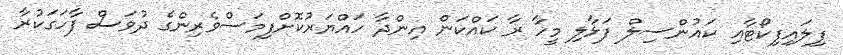
ފިލައިފިކޯޓާއި ކައުންސިލް ފަޅާލި މީހާ ރާ ކައްކަން އިންދާ ހައްޔަރުކޮށްފިމަސްވެރިންގެ ދުވަސް ފާހަގަކުރާ